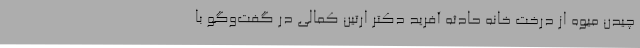
چیدن میوه از درخت خانه حادثه آفرید دکتر ارتین کمالی در گفت‌وگو با